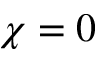
\chi = 0